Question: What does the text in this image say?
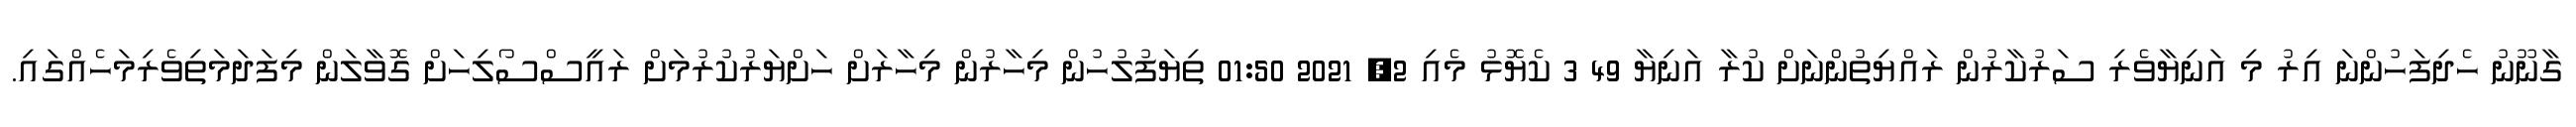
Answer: ގާނޫނު ހެދިފަހުންނަ އިރު މި އަނިޔާވެރި ސަރުކާރުން ރައްޔިތުންނަށް ކުރާ އަނިޔާ 49 3 ކެޔޮޅު މެއި 2, 2021 01:50 ތިޔަފުލުހުން މިހާރުން މިހާރަށް ހަށްޔަރުކުރުމަށް ރައީސްސޯލިހަށް ގޮވާލަން މިފަދަމަތިވެރިމަހެއްގައި.